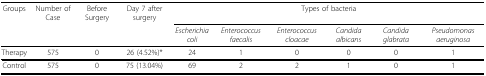
<table><thead><tr><td><b>Groups</b></td><td><b>Number of Case</b></td><td><b>Before Surgery</b></td><td><b>Day 7 after surgery</b></td><td colspan="6"><b>Types of bacteria</b></td></tr><tr><td></td><td></td><td></td><td></td><td><b><i>Escherichia coli</i></b></td><td><b><i>Enterococcus faecalis</i></b></td><td><b><i>Enterococcus cloacae</i></b></td><td><b><i>Candida albicans</i></b></td><td><b><i>Candida glabrata</i></b></td><td><b><i>Pseudomonas aeruginosa</i></b></td></tr></thead><tbody><tr><td>Therapy</td><td>575</td><td>0</td><td>26 (4.52%)*</td><td>24</td><td>1</td><td>0</td><td>0</td><td>0</td><td>1</td></tr><tr><td>Control</td><td>575</td><td>0</td><td>75 (13.04%)</td><td>69</td><td>2</td><td>2</td><td>1</td><td>0</td><td>1</td></tr></tbody></table>